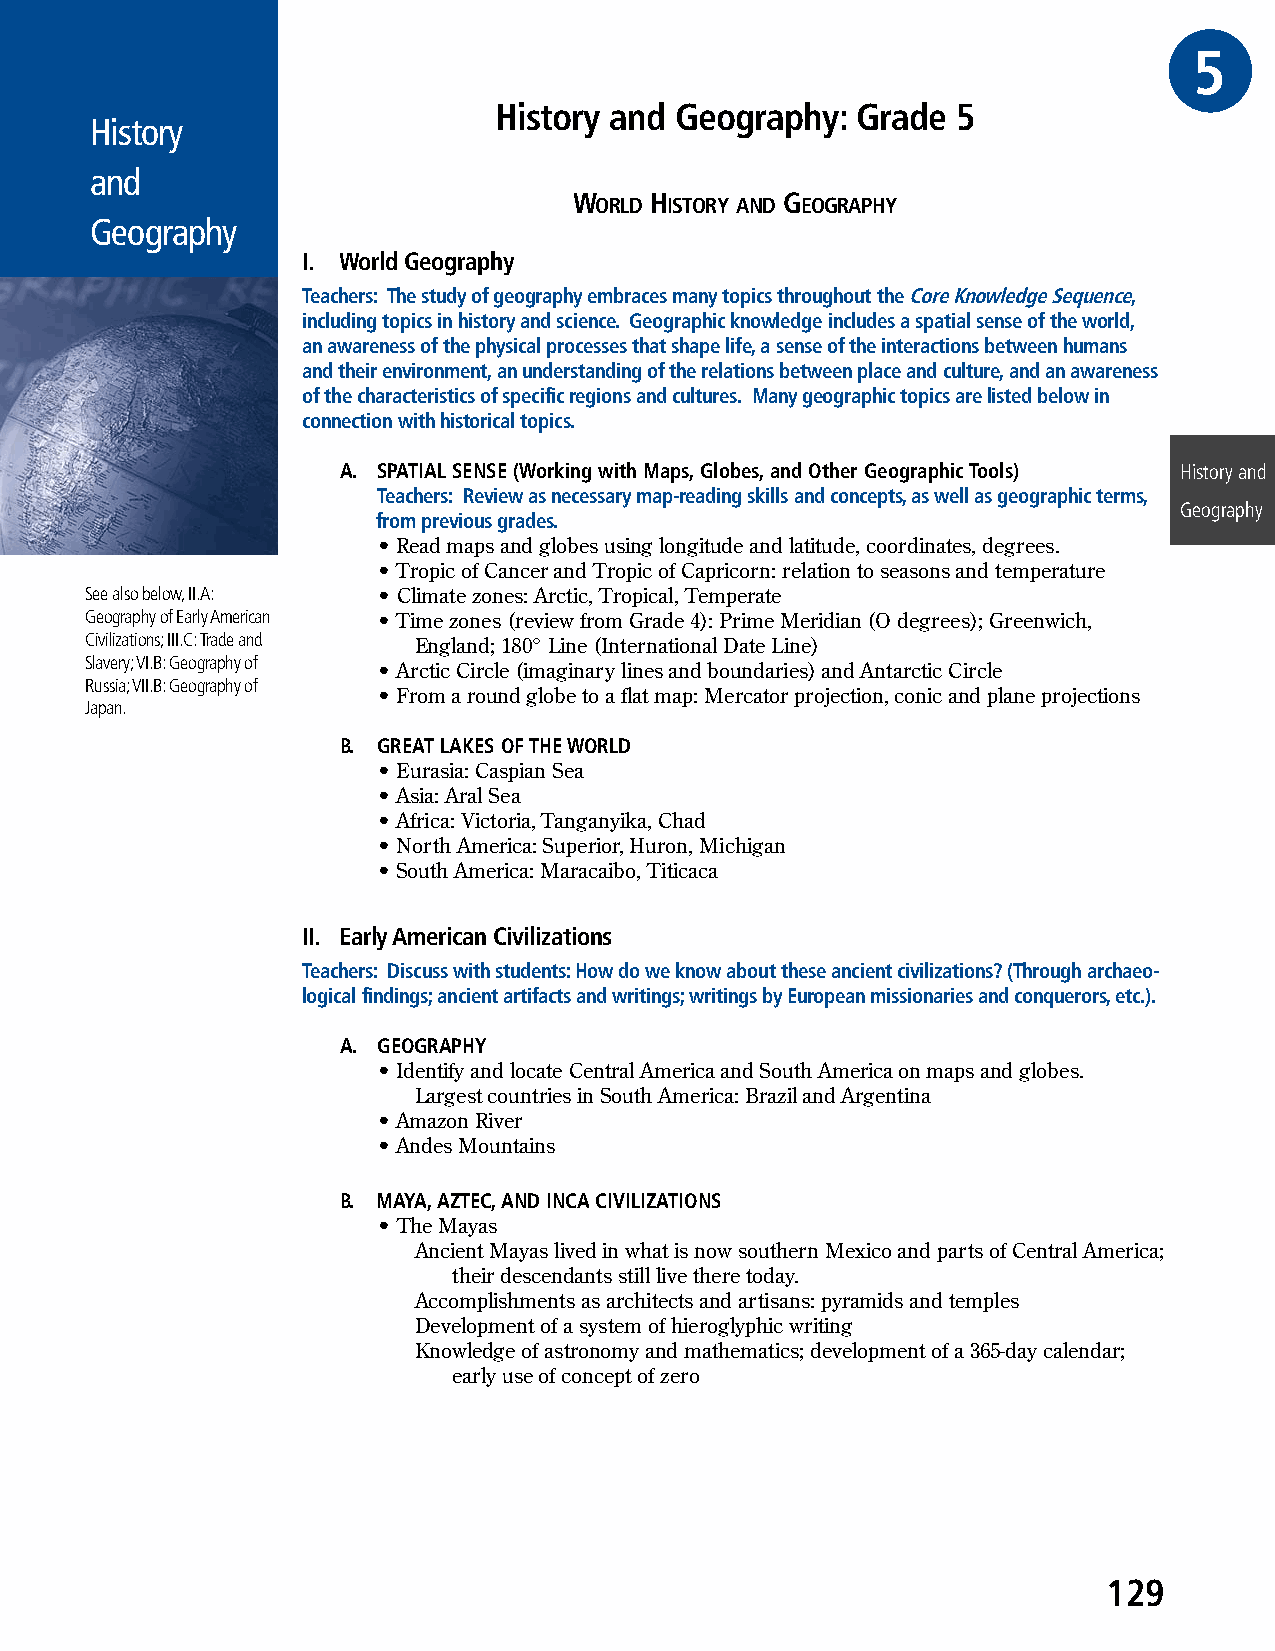
G5RADE
 History and Geography:  Grade 5
 History
 and
 WORLD HISTORY AND GEOGRAPHY
 Geography
 I. World Geography
 Teachers: The study of geography embraces many topics throughout the Core Knowledge Sequence,
 including topics in history and science. Geographic knowledge includes a spatial sense of the world,
 an awareness of the physical processes that shape life, a sense of the interactions between humans
 and their environment, an understanding of the relations between place and culture, and an awareness
 of the characteristics of specific regions and cultures. Many geographic topics are listed below in
 connection with historical topics.
 A. SPATIAL SENSE (Working with Maps, Globes, and Other Geographic Tools) History and
 Teachers: Review as necessary map-reading skills and concepts, as well as geographic terms,
 Geography
 from previous grades.
 • Read maps and globes using longitude and latitude, coordinates, degrees.
 • Tropic of Cancer and Tropic of Capricorn: relation to seasons and temperature
 See also below, II.A: • Climate zones: Arctic, Tropical, Temperate
 Geography of Early American • Time zones (review from Grade 4): Prime Meridian (O degrees); Greenwich,
 Civilizations; III.C: Trade and England; 180° Line (International Date Line)
 Slavery; VI.B: Geography of
 • Arctic Circle (imaginary lines and boundaries) and Antarctic Circle
 Russia; VII.B: Geography of
 • From a round globe to a flat map: Mercator projection, conic and plane projections
 Japan.
 B. GREAT LAKES OF THE WORLD
 • Eurasia: Caspian Sea
 • Asia: Aral Sea
 • Africa: Victoria, Tanganyika, Chad
 • North America: Superior, Huron, Michigan
 • South America: Maracaibo, Titicaca
 II. Early American Civilizations
 Teachers: Discuss with students: How do we know about these ancient civilizations? (Through archaeo-
 logical findings; ancient artifacts and writings; writings by European missionaries and conquerors, etc.).
 A. GEOGRAPHY
 • Identify and locate Central America and South America on maps and globes.
 Largest countries in South America: Brazil and Argentina
 • Amazon River
 • Andes Mountains
 B. MAYA, AZTEC, AND INCA CIVILIZATIONS
 • The Mayas
 Ancient Mayas lived in what is now southern Mexico and parts of Central America;
 their descendants still live there today.
 Accomplishments as architects and artisans: pyramids and temples
 Development of a system of hieroglyphic writing
 Knowledge of astronomy and mathematics; development of a 365-day calendar;
 early use of concept of zero
 129